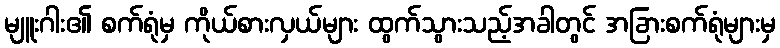
မျူးဂါး၏ စက်ရုံမှ ကိုယ်စားလှယ်များ ထွက်သွားသည့်အခါတွင် အခြားစက်ရုံများမှ